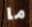
ما